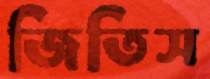
জিতিস